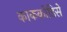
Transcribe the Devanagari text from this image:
काककोडिसे